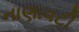
નાણાવટી